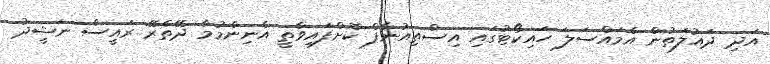
އަދި ދައުލަތުން އެމައްސަލަ ހައިކޯޓުގައި އިސްތިއުނާފް ކޮށްފައިވާތީ އެނިންމުމާ ދޭތެރޭ ރައީސް ނަޝީދު